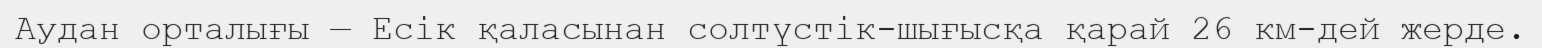
Аудан орталығы — Есік қаласынан солтүстік-шығысқа қарай 26 км-дей жерде.